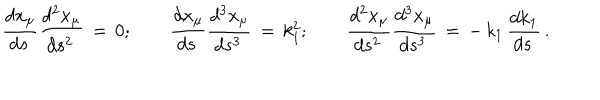
\frac { d x _ { \mu } } { d s \, } \frac { d ^ { 2 } x _ { \mu } } { d s ^ { 2 } \, } \, = \, 0 ; \qquad \frac { d x _ { \mu } } { d s \, } \frac { d ^ { 3 } x _ { \mu } } { d s ^ { 3 } \, } \, = \, k _ { 1 } ^ { 2 } ; \qquad \frac { d ^ { 2 } x _ { \mu } } { d s ^ { 2 } \, } \frac { d ^ { 3 } x _ { \mu } } { d s ^ { 3 } \, } \, = \, - \, k _ { 1 } \, \frac { d k _ { 1 } } { d s \, } \, { . }